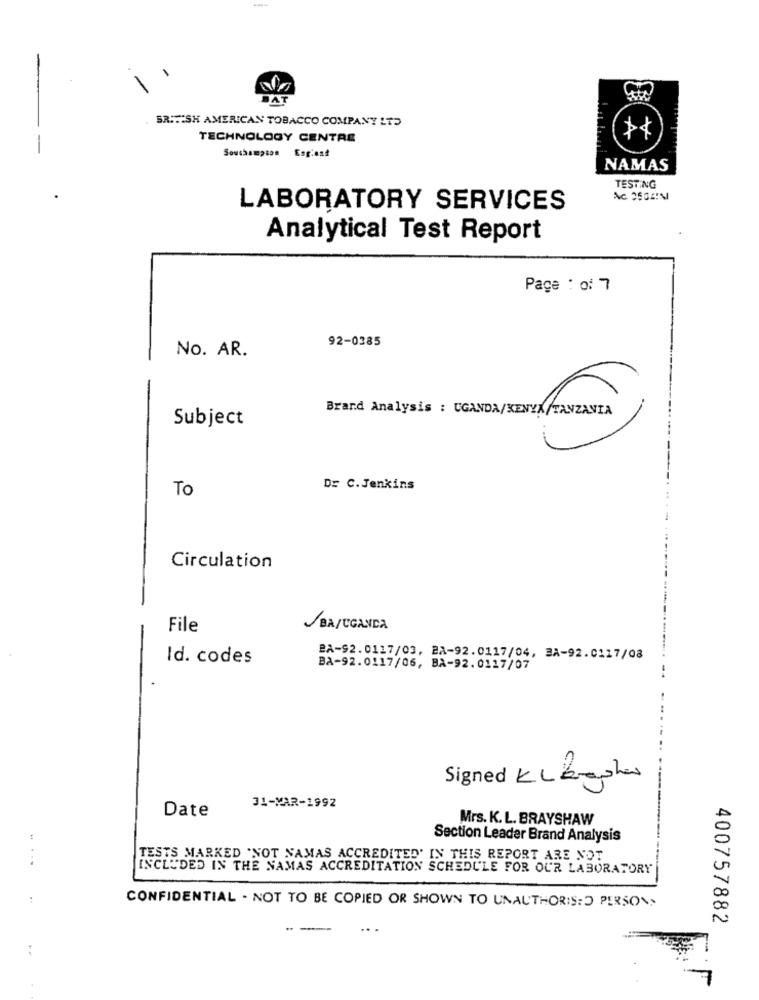
-
DAT
BRITISH AMERICAN TOBACCO COMPANY LTD
TECHNOLOGY CENTRE
Southampton Esgiest
NAMAS
TESTING
LABORATORY SERVICES
Analytical Test Report
Page : o: 7
92-0385
No. AR.
Subject
Brand Analysis : CANDA/KEZNEKTANZANIA
DE C.Jenkins
To
Circulation
File
/BA/UGANDA
Id. codes
BA-92.0117/03, 28-92.0117/04, BA-92.0117/08
BA-92.0117/06, BA-92.0117/07
Signed KL aysha
Date
31-MAR-1992
Mrs. K. L. BRAYSHAW
Section Leader Brand Analysis
. ..
TESTS MARKED 'NOT NAMAS ACCREDITED' IN THIS REPORT ARE NOT
INCLUDED IN THE NAMAS ACCREDITATION SCHEDULE FOR OUR LABORATORY
CONFIDENTIAL - NOT TO BE COPIED OR SHOWN TO UNAUTHORIS:O PERSON>
400757882